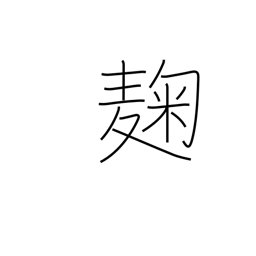
Meaning: yeast